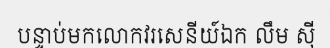
បន្ទាប់មកលោកវរសេនីយ៍ឯក លឹម ស៊ី